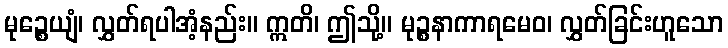
မုဉ္စေယျံ၊ လွှတ်ရပါအံ့နည်း။ ဣတိ၊ ဤသို့။ မုဉ္စနာကာရမေဝ၊ လွှတ်ခြင်းဟူသော